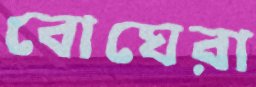
বোঘেরা